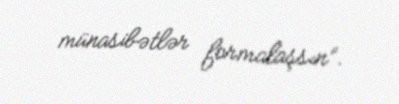
münasibətlər formalaşsın”.